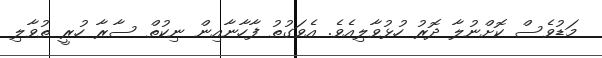
މަޑުވެސް ކޮށްނުލާ ދޮރު ހުޅުވާލިއެވެ. އެވަގުތު ފާހާނާއިން ނިކުތް ސާރާ ހުރީ ތުވާލި